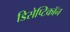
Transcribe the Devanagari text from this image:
डिसेप्टिकॉन